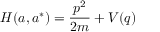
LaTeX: H ( a , a ^ { * } ) = { \frac { p ^ { 2 } } { 2 m } } + V ( q )